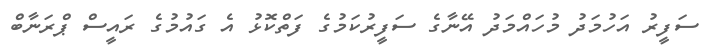
ސަފީރު އަހުމަދު މުހައްމަދު އޭނާގެ ސަފީރުކަމުގެ ފަތްކޮޅު އެ ގައުމުގެ ރައީސް ޕްރަނާބް